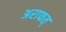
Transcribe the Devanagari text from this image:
अराफत्